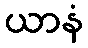
ယာနံ